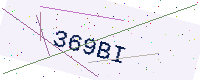
Text: 369BI